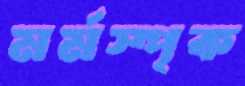
মর্মস্পৃক